Scottish Certificate of Education, 1962
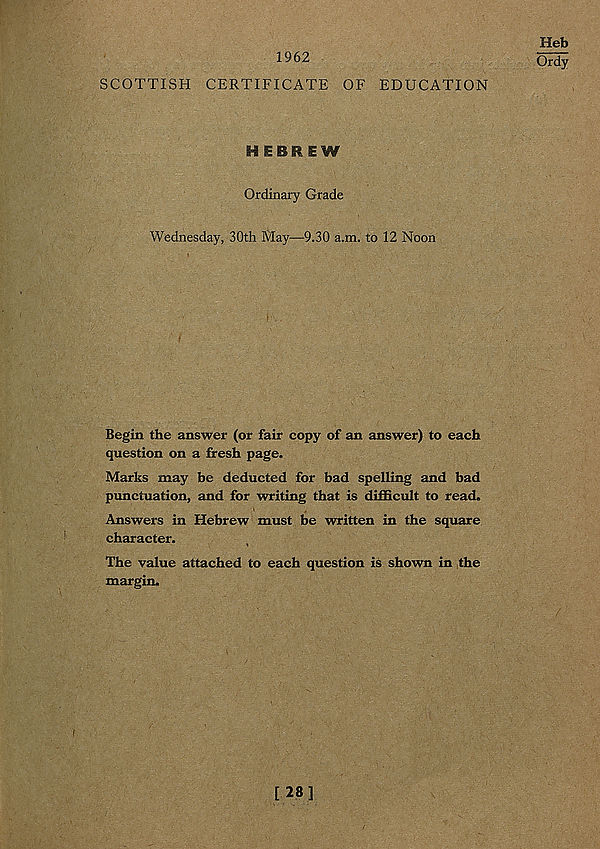
1962
Heb
Ordy
SCOTTISH CERTIFICATE OF EDUCATION
HEBREW
Ordinary Grade
Wednesday, 30th Alay—9.30 a.m. to 12 Noon
Begin the answer (or fair copy of an answer) to each
question on a fresh page.
Marks may be deducted for bad spelling and bad
punctuation, and for writing that is difficult to read.
Answers in Hebrew must be written in the square
character.
The value attached to each question is shown in the
margin.
[28]